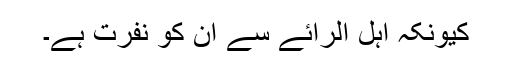
کیونکہ اہل الرائے سے ان کو نفرت ہے۔